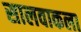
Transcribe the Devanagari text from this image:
सालवाकला